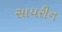
સાયરીન